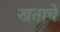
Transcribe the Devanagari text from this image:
खताचे